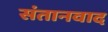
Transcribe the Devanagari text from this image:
संतानवाद